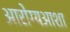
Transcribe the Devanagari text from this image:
आरोग्यआशा